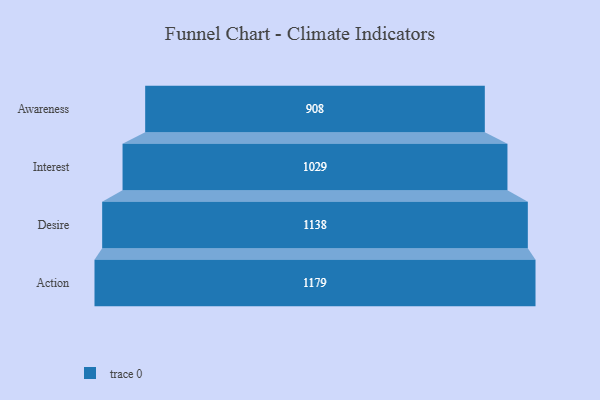
{"axis": {"x": "Stage", "y": "Value"}, "legend": [""], "data": [{"x": "Awareness", "y": 908.0, "type": ""}, {"x": "Interest", "y": 1029.0, "type": ""}, {"x": "Desire", "y": 1138.0, "type": ""}, {"x": "Action", "y": 1179.0, "type": ""}]}